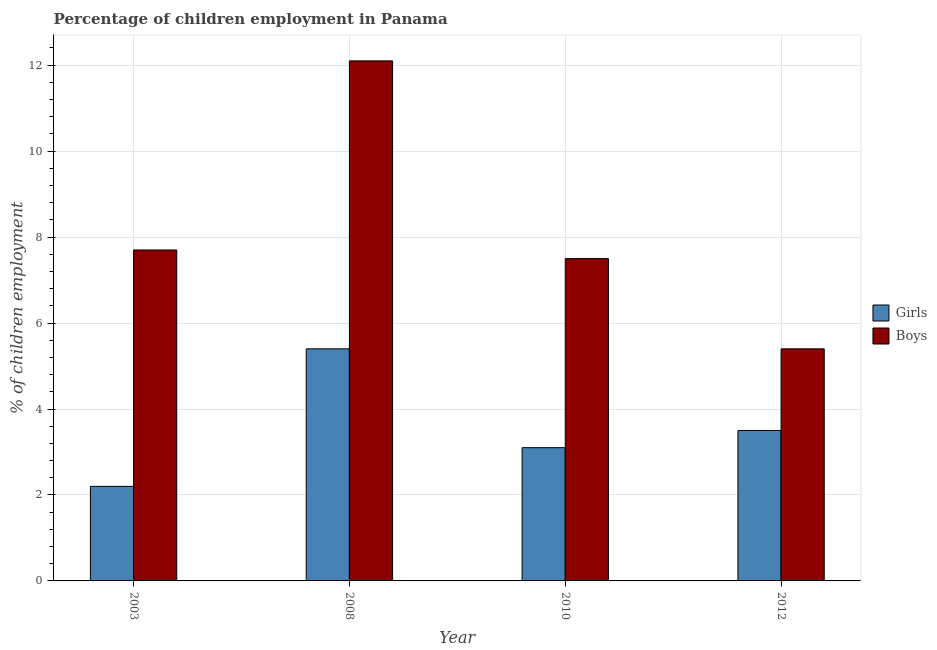
| Year | Girls | Boys |
 | --- | --- | --- |
 | 2003 | 2.2 | 7.7 |
 | 2008 | 5.4 | 12.1 |
 | 2010 | 3.1 | 7.5 |
 | 2012 | 3.5 | 5.4 |